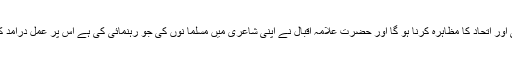
وزیر اطلاعات نے کہا کہ اپنا عظیم ملی نصب العین حاصل کرنے کیلئے ہمیں ہر سطح پر یکجہتی اور اتحاد کا مظاہرہ کرنا ہو گا اور حضرت علامہ اقبال نے اپنی شاعری میں مسلما نوں کی جو رہنمائی کی ہے اس پر عمل درآمد کرتے ہوئے مملکت پاکستان کے استحکام اور خوشحالی کے لیے اپنا اجتماعی کردار اداء کرنا ہوگا۔